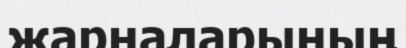
жарналарының